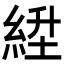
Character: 𬗛